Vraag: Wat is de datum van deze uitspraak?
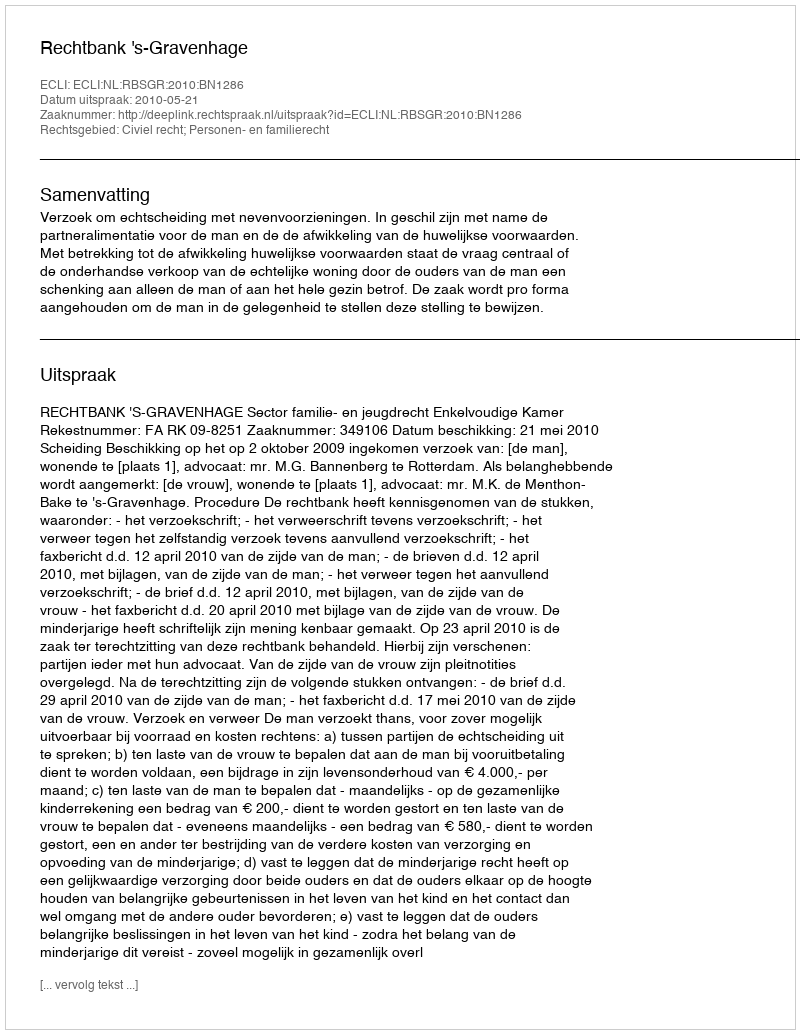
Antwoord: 2010-05-21